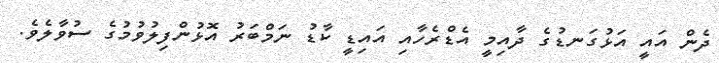
ދެން އައީ އަޅުގަނޑުގެ ދާއިމީ އެޑްރެހާއި އައިޑީ ކާޑު ނަމްބަރު އޮޅުންފިލުވުމުގެ ސުވާލެވެ.